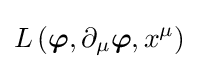
L\left({\boldsymbol {\varphi }},\partial _{\mu }{\boldsymbol {\varphi }},x^{\mu }\right)